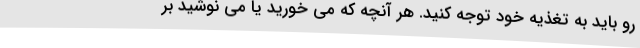
رو باید به تغذیه خود توجه کنید. هر آنچه که می خورید یا می نوشید بر